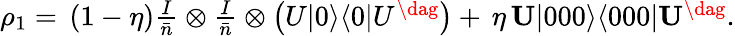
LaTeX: \begin{array}{r}{\rho_{1}=\, (1-\eta)\frac{I}{\bar{n}}\otimes\frac{I}{\bar{n}}\otimes\left(U|0\rangle\langle 0|U^{\dag}\right)+\, \eta\, {\mathbf U}|000\rangle\langle 000|{\mathbf U}^{\dag}.}\end{array}